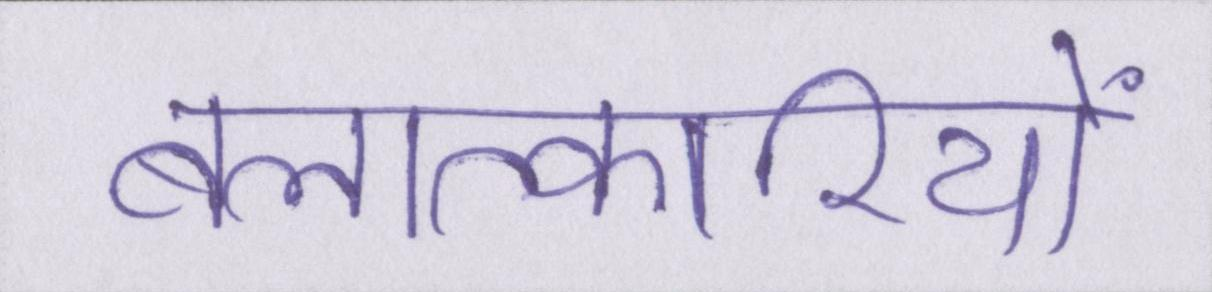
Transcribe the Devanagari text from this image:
बलात्कारियों